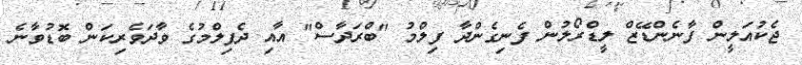
ޖެކުއަލީން ފާނެންޑޭޒް ލީޑްރޯލުން ފެނިގެންދާ ފިލްމު "ބްރަދާސް" އާއި ދެފިލްމުގެ ވާދަވެރިކަން ބޮޑުވާނެ